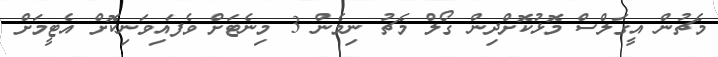
މެޗުން އީގަލްސް މޮޅުކޮށްދިން ގޯލް މެޗު ނިމެން 3 މިނެޓަށް ވެފައިވަނިކޮށް އެޓީމަށް